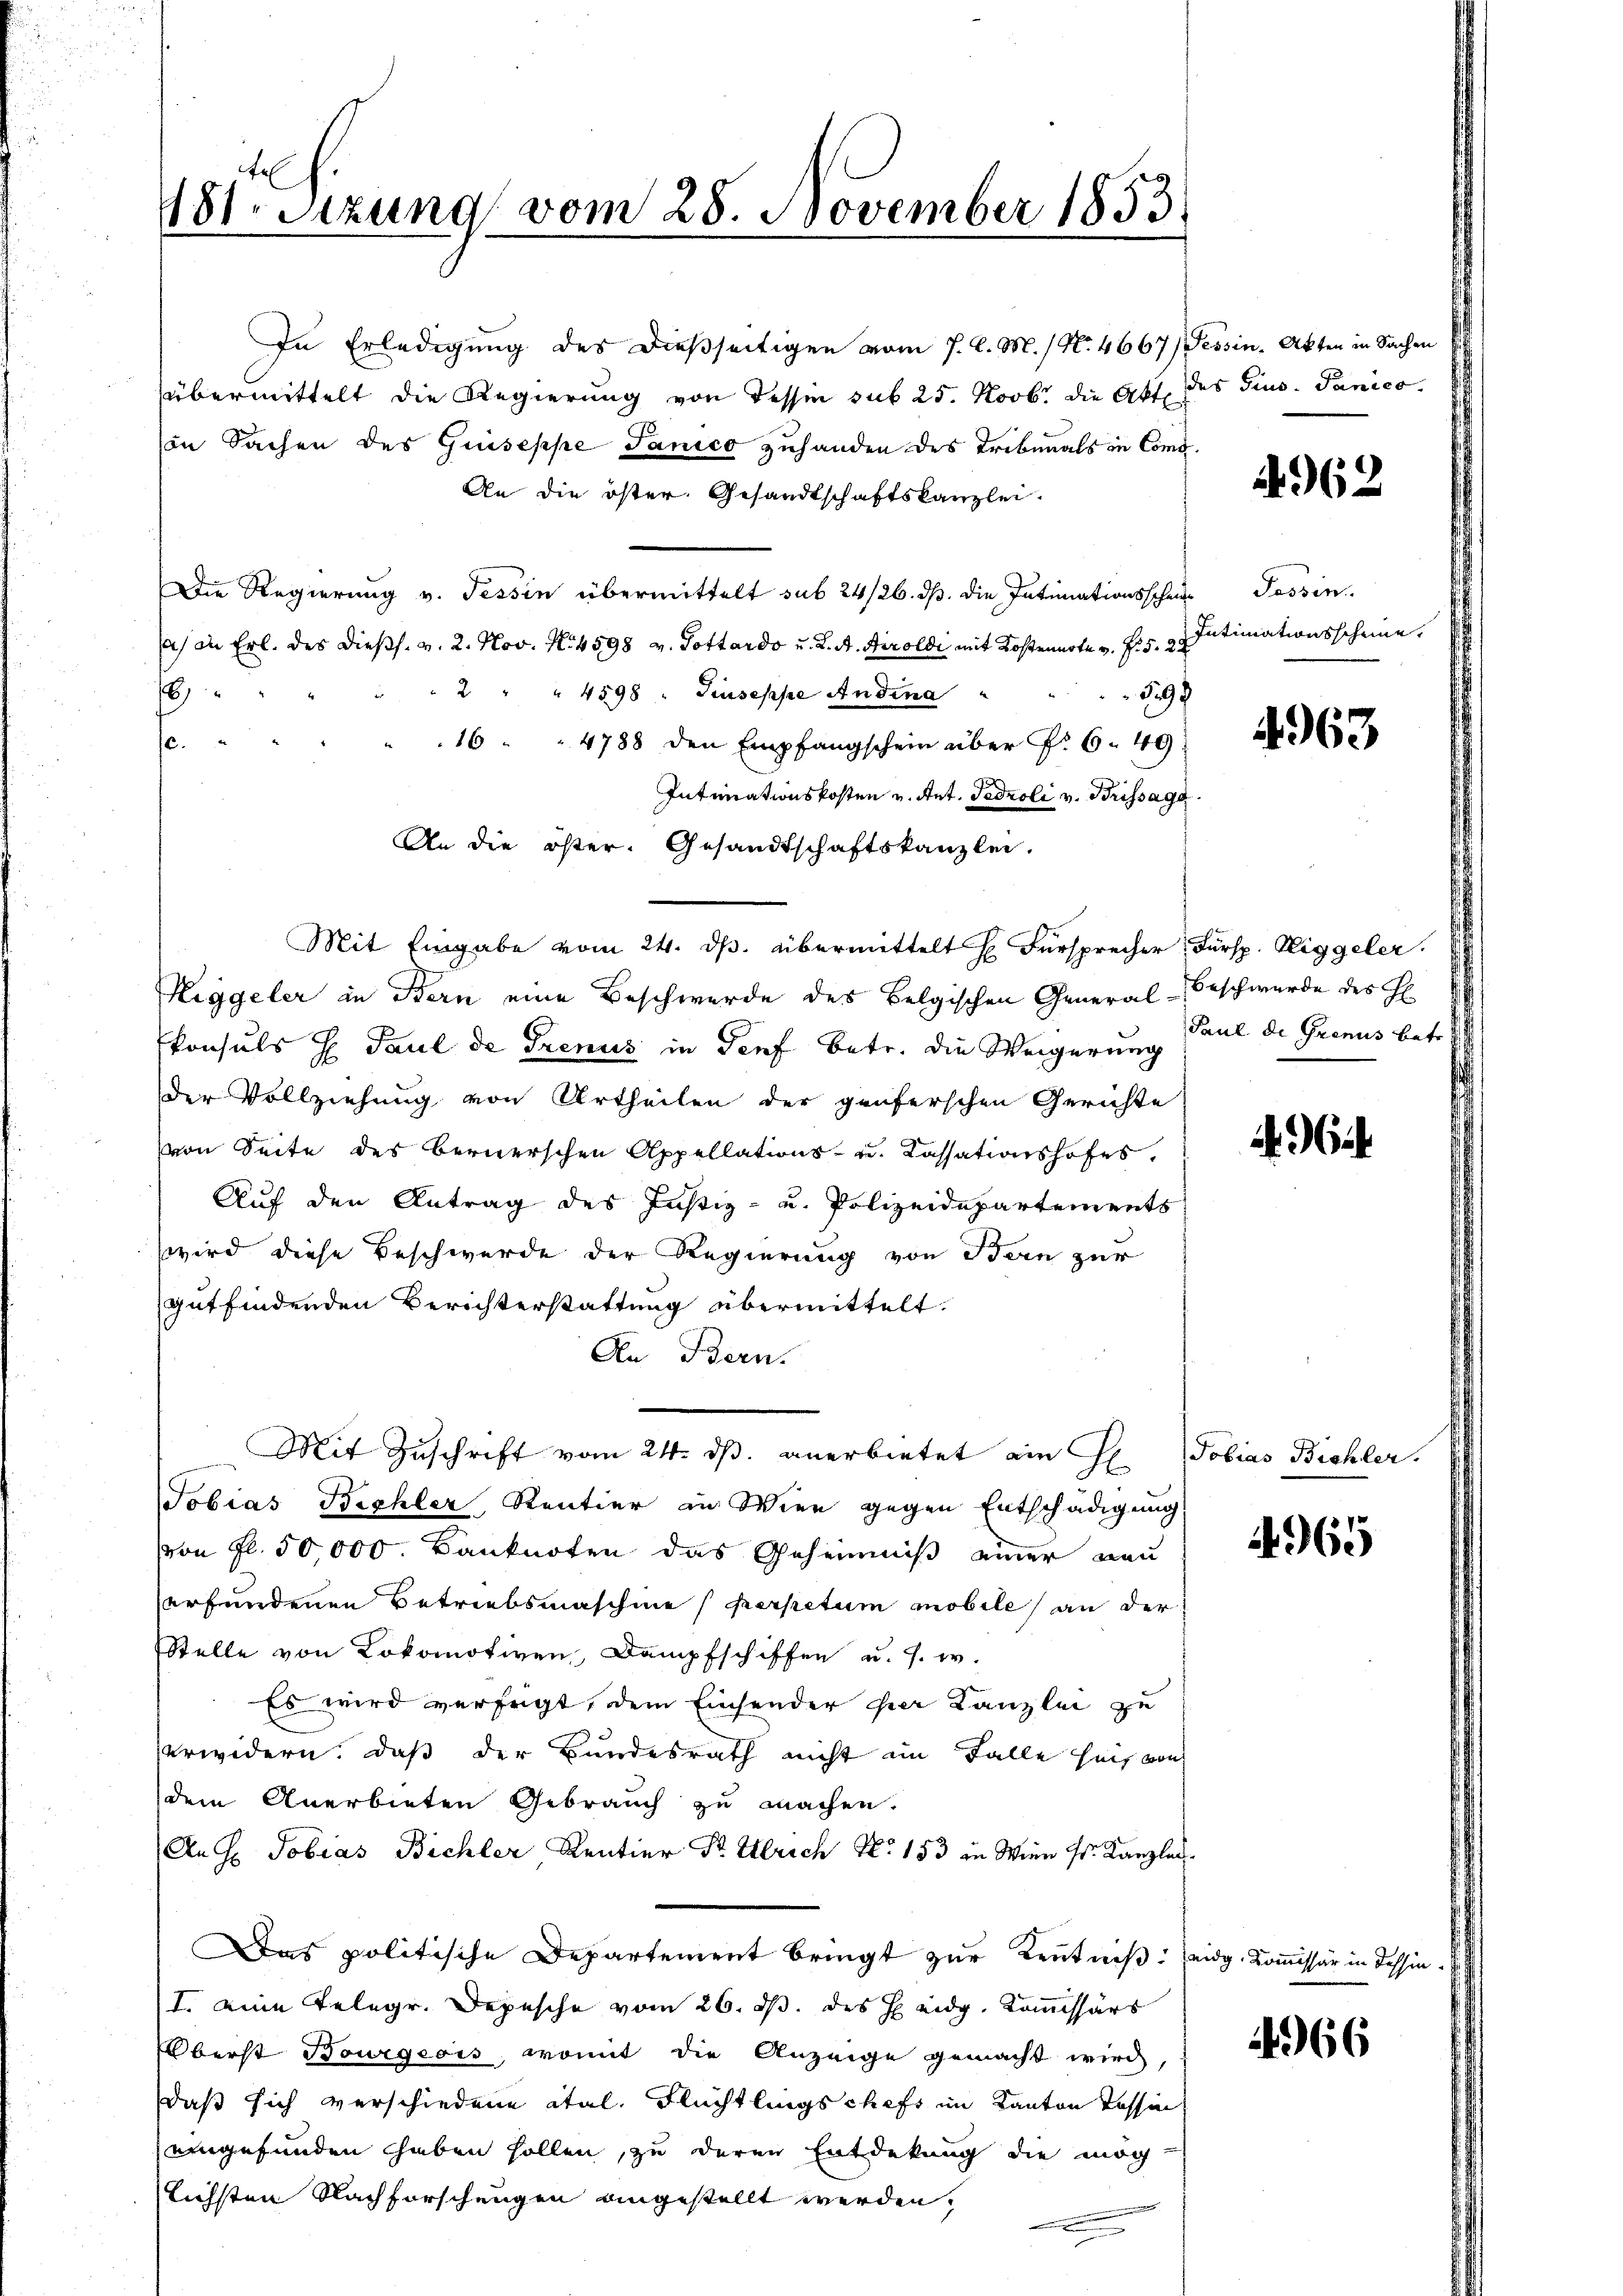
181. Sitzung vom 28. November 1853.

In Erledigung des dießseitigen vom 7. d. M. / N. 4667, Tessin, Akten in Sachen
übermittelt die Regierung von Tessin sub 25. Novbr. die Akt. des Fins. Panico.
(in Sachen des Guiseppe Janico zuhanden des Tribunals in Comp.
An die öster. Gesandtschaftskanzlei.
Die Regierung v. Tessin übermittelt sub 24/26. dß. die Intimationsschul-Passin
sah in Erl. des dießs. v. 2. Nov. N. 4598 v. Pottardo u. L. A. Airoldi mit Kostennote v. R. S. 24
2 " " 4598 " Siuseppe Andina
6
397
16 " " 4788 den Empfangschein über §. 6. 49
.
Intimationskosten u. Ant. Fedroli v. Brissage.
An die öster. Gesandtschaftskanzlei.
Mit Eingabe vom 24. ds. übermittelt H. Fürsprecher Fürsp. Wiggeler.
Riggeler in Bern eine Beschwerde des Belgischen General-Beschwerde des H
konsuls H Paul de Trenus in Genf betr. die Weigerung
der Vollziehung von Urtheilen der genferschen Gerichte
von Seite des Bernerschen Appellations- u. Cassationshofes.
Auf den Antrag des Justiz- u. Polizeidepartements
wird diese Beschwerde der Regierung von Bern zur
gutfindenden Berichterstattung übermittelt.
An Bern.
Mit Zuschrift vom 24. ds. anerbietet ain H. Tobias Bichler.
Tobias Bichler Rentier in Wien gegen Entschädigung
von fl. 50000. Banknoten das Geheimniß einer neu
erfundenen Betriebsmaschine perpetum mobile an der
Stelle von Lokomotiven Dampfschiffen u. s. w.
Es wird verfügt, dem Einsender der Kanzlei zu
erwidern, daß der Bundesrath nicht im Falle heit von
dem Anerbieten Gebrauch zu machen.
Anh. Tobias Bichler Rentier Dr. Ulrich No 153 in Wien Hs. Kanzlei¬
Das politische Departement bringt zur Kenntniß: Seidg. Kommissär in dessin¬
I. eine Telegr. Depesche vom 26. ds. des J. eidg. Kommissärs
Überst Bourgeois, womit die Anzeige gemacht wird,
daß sich verschiedene ital, Flüchtlings chefs im Kanton Tessin
eingefunden haben sollen, zu deren Entdekung die mög
lichsten Nachforschungen angestellt werden,

4962

Intimationsscheine.

4963

Paul de Grenus betr. d

a

4965

4966